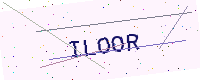
Text: ILOOR